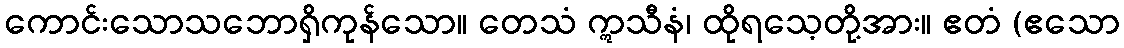
ကောင်းသောသဘောရှိကုန်သော။ တေသံ ဣသီနံ၊ ထိုရသေ့တို့အား။ ဧတံ (ဧသော